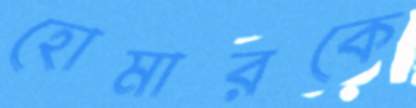
হোমারকে